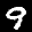
Label: 9